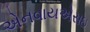
એનવાયએસઇ